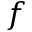
f